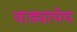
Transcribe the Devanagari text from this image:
वाड्याचेच